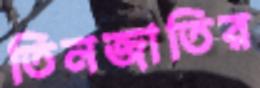
তিনজাতির